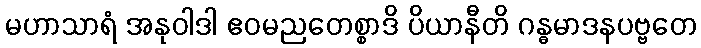
မဟာသာရံ အနုဝါဒါ ဧဝမညတေစ္စာဒိ ပိယာနီတိ ဂန္ဓမာဒနပဗ္ဗတေ